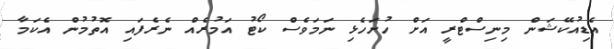
އެޑިއުކޭޝަން މިނިސްޓްރީ އަށް ހުށަހެޅި ނަމަވެސް ކޯޓު އަމުރެއް ނެރެފައި އޮތުމުން އެކަމާ